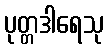
ပုတ္တဒါရေသု